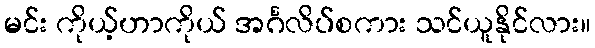
မင်း ကိုယ့်ဟာကိုယ် အင်္ဂလိပ်စကား သင်ယူနိုင်လား။